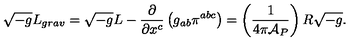
\sqrt { - g } L _ { g r a v } = \sqrt { - g } L - { \frac { \partial } { \partial x ^ { c } } } \left( g _ { a b } \pi ^ { a b c } \right) = \left( { \frac { 1 } { 4 \pi { \cal A } _ { P } } } \right) R \sqrt { - g } .